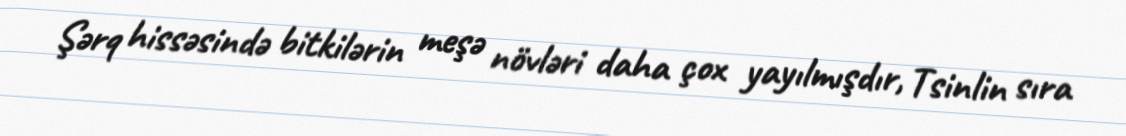
Şərq hissəsində bitkilərin meşə növləri daha çox yayılmışdır, Tsinlin sıra